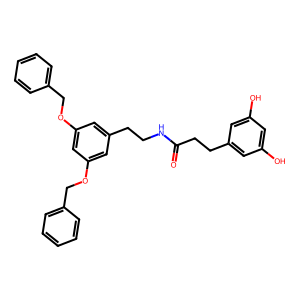
SMILES: O=C(CCc1cc(O)cc(O)c1)NCCc1cc(OCc2ccccc2)cc(OCc2ccccc2)c1
Inhibits HIV replication: No